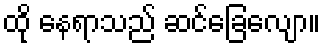
ထို နေရာသည် ဆင်ခြေလျော။